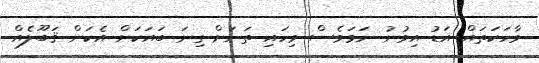
ވާހަކަތައް އަޑު އިވުނު ނަމަވެސް މިހައި ތަނަށް ގިނަ ބައަކަށް އެކަން ޤަބޫލެއް